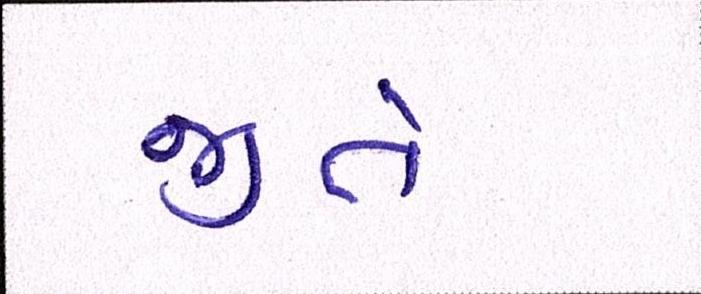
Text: જીતે